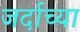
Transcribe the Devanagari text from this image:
जर्दाच्या